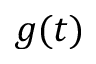
g ( t )